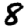
Digit: 8